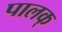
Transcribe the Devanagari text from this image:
पालक्